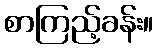
စာကြည့်ခန်း။